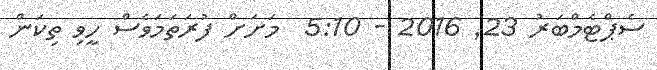
ސެޕްޓެމްބަރު 23